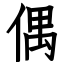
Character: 偶